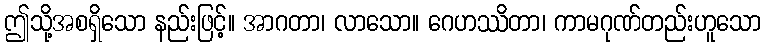
ဤသို့အစရှိသော နည်းဖြင့်။ အာဂတာ၊ လာသော။ ဂေဟဿိတာ၊ ကာမဂုဏ်တည်းဟူသော